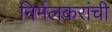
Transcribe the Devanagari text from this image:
निर्मलकरांची